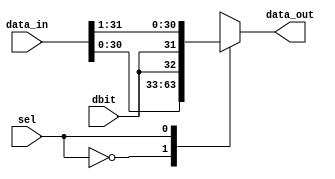
`timescale 1ns / 1ps
//////////////////////////////////////////////////////////////////////////////////
// Company: 
// Engineer: 
// 
// Design Name: 
// Module Name: shifter
// Project Name: 
// Target Devices: 
// Tool Versions: 
// Description: 
// 
// Dependencies: 
// 
// Revision:
// Revision 0.01 - File Created
// Additional Comments:
// 
//////////////////////////////////////////////////////////////////////////////////


`timescale 1ns / 1ps
//////////////////////////////////////////////////////////////////////////////////
// Company: 
// 
// Design Name:
// Module Name: Signed_Shifter
// Project Name: Runge-Kutta
// Target Devices: Basys 3
// Tool Versions: 
// Description: shifter
//          take sign ointo account when shifting
// instantiation
// usr_nb(.data_in(), .dbit(), .sel(), .clk(), .clr(), .data_out());
//
// mult by 2: signed_shifter(.data_in(in), .dbit(sign_flag), .sel(0), .data_out(out));
// divide by 2: signed_shifter(.data_in(in), .dbit(sign_flag), .sel(1), .data_out(out));
//

module signed_shifter(data_in, dbit, sel, data_out); 
    
    parameter n = 32; 
    input  signed [n-1:0] data_in; 
    input  dbit; 
    input  sel; 
    output reg signed [n-1:0] data_out; 
    
    always @(data_in)
    begin 
           case (sel) 
              0: data_out = {data_in[n-2:0],dbit};  // shift left - multiply
              1: data_out = {dbit,data_in[n-1:1]};  // shift right - divider
              default data_out = 0; 
           endcase 
    end
    
endmodule